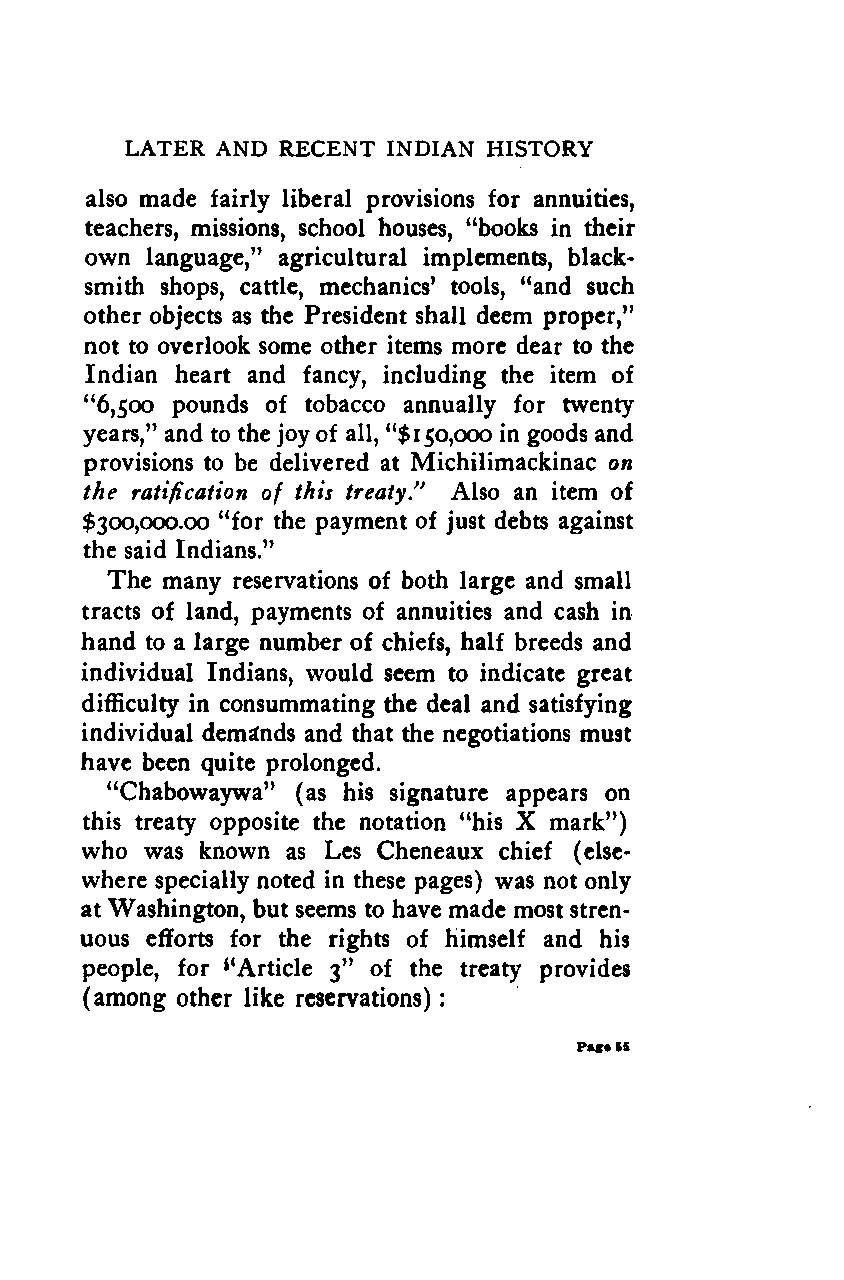
:
 LATER AND RECENT  INDIAN HISTORY
 also made fairly liberal provisions for annuities,
 teachers, missions, school houses, "books in their
 own language," agricultural implements, black-
 smith shops, cattle, mechanics' tools, "and such
 other objects as the President shall deem proper,"
 not to overlook some other items more dear to the
 Indian heart and fancy, including the item of
 "6,500 pounds of tobacco annually for twenty
 years," and to the joy of all, "$i50,000 in goods and
 provisions to be delivered at Michilimackinac on
 the ratification of this treaty/' Also an item of
 $300,000.00 "for the payment of just debts against
 the said Indians."
 The many reservations of both large and small
 tracts of land, payments of annuities and cash in
 hand to a large number of chiefs, half breeds and
 individual Indians, would seem to indicate great
 difficulty in consummating the deal and satisfying
 individual demands and that the negotiations must
 have been quite prolonged.
 "Chabowaywa" (as his signature appears on
 X
 this treaty opposite the notation "his mark")
 who  was known as Les Cheneaux chief (else-
 where specially noted in these pages) was not only
 at Washington, but seems to have made most stren-
 uous efforts for the rights of himself and his
 people, for *4Article 3" of the treaty provides
 (among other like reservations)
 Pac«SS
 Google
 Digitizedby